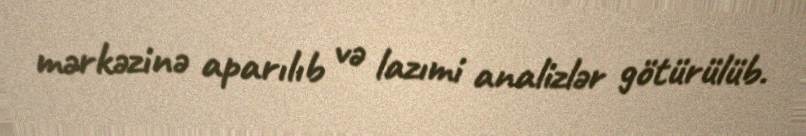
mərkəzinə aparılıb və lazımi analizlər götürülüb.